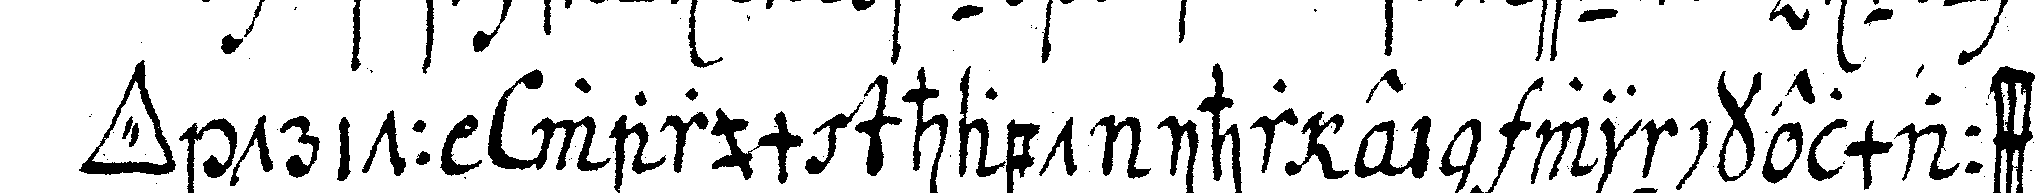
*tri..* tritt warum habt ihr ein winckelmaass